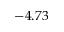
- 4 . 7 3